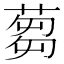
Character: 蒭